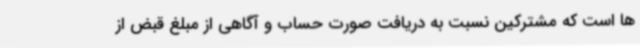
ها است که مشترکین نسبت به دریافت صورت حساب و آگاهی از مبلغ قبض از